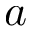
a